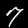
Digit: 7